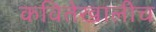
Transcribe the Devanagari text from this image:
कवितेखालीच